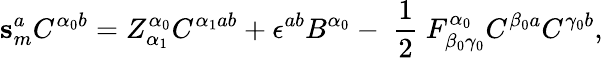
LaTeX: \mathbf{s}_{m}^{a}C^{\alpha_{0}b}=Z_{\alpha_{1}}^{\alpha_{0}}C^{\alpha_{1}ab}+\epsilon^{ab}B^{\alpha_{0}}-\mathrm{~\frac{1}{2}~}F_{\beta_{0}\gamma_{0}}^{\alpha_{0}}C^{\beta_{0}a}C^{\gamma_{0}b},